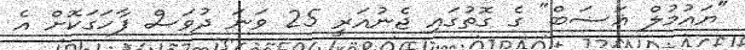
"ޔައުމުލް ޣަޟަބް" ގެ ގޮތުގައި ޖެނުއަރީ 25 ވަނަ ދުވަސް ފާހަގަކޮށް އެ